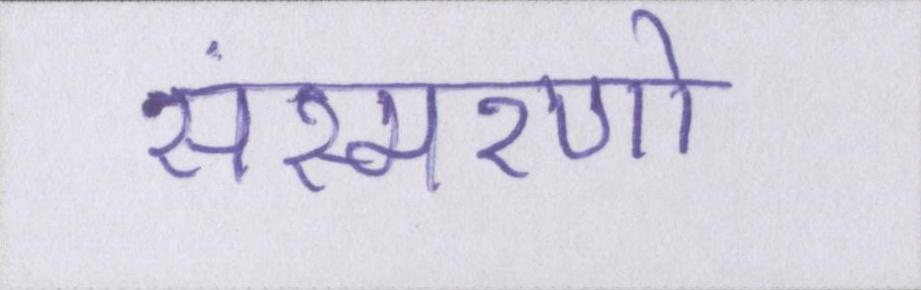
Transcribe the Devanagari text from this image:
संस्मरणो